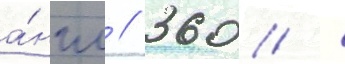
а́нгл // 360 /